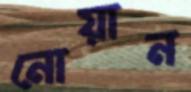
নোয়ান